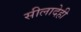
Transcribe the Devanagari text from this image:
सीलादेही